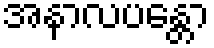
အနာလပန္တော